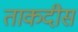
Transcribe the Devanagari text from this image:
ताकदीस